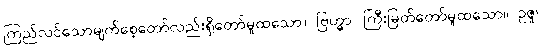
ကြည်လင်သောမျက်စေ့တော်လည်းရှိတော်မူထသော။ ဗြဟ္မာ၊ ကြီးမြတ်တော်မူထသော။ ဥဇူ၊